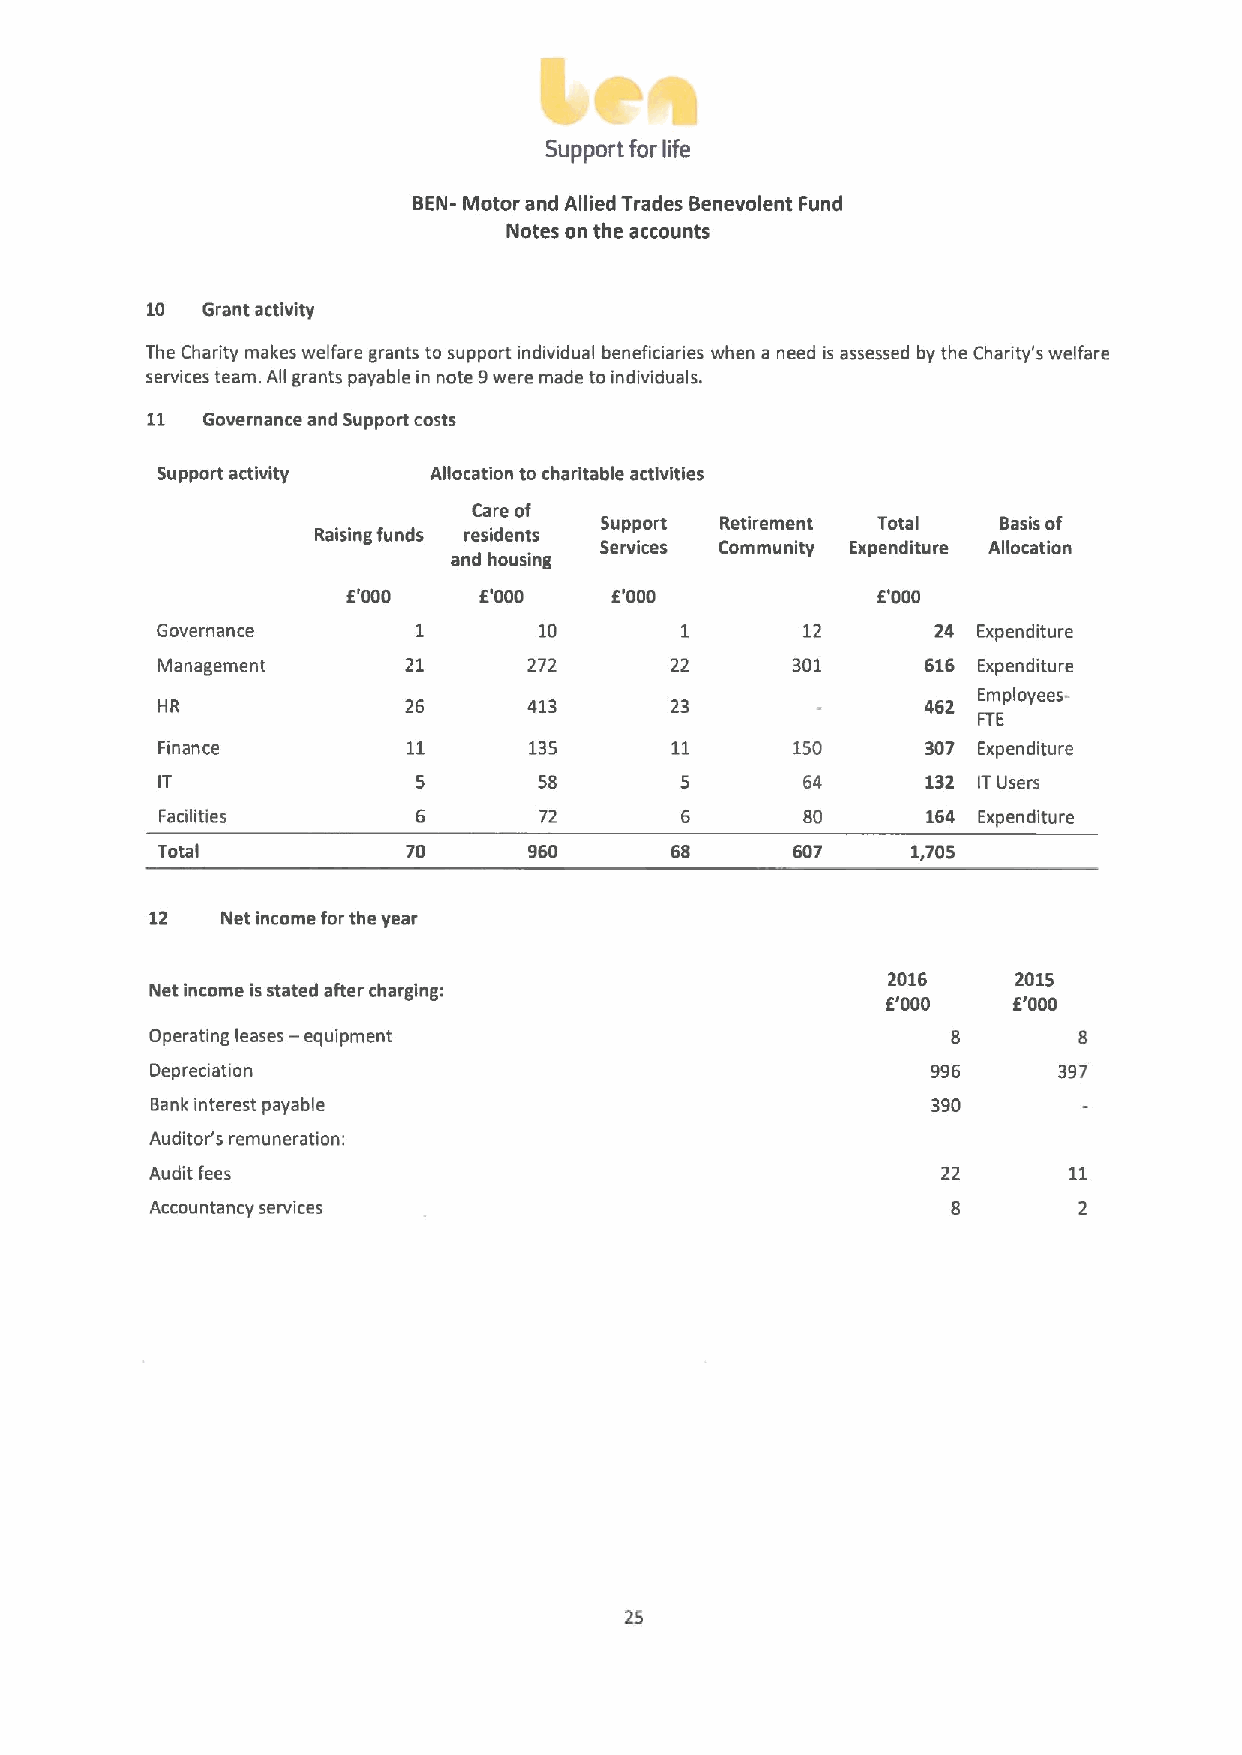
Support for life
 BEN- Motor and Allied Trades Benevolent Fund
 Notes on the accounts
 10 Grant activity
 The Charity makes welfare grants to support individual beneficiaries when a need is assessed by the Charity's welfare
 services team. All grants payable in note 9were made to individuals.
 11 Governance and Support costs
 Support activity   Allocation to charitable activities
 Care of
 Support Retirement Total  Basis of
 Raising funds residents
 Services Community Expenditure Allocation
 and housing
 E'000    E'000   E'000             E'000
 Governance                10               12       24 Expenditure
 Management       21      272      22      301      616 Expenditure
 Employees-
 HR               26      413      23
 FTE
 Finance                  135               150     307 Expenditure
 58               64      132 ITUsers
 Facilities               72               80      164 Expenditure
 Total            70      960      68       607    1,705
 12   Net income for the year
 2016    2015
 Net income isstated after charging:
 E'000   E'000
 Operating leases — equipment
 Depreciation                                        996     397
 Bank interest payable                               390
 Auditor's remuneration:
 Audit fees                                          22
 Accountancy services
 25